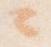
々